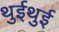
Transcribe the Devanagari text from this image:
थुईथुई